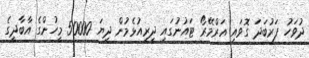
ދުވަހު ފަރުބަދަ ގޮވައި އަރްމޭރޯ ޓައުނުގައި ދިރިއުޅެމުން ދިޔަ 50000 މީހުންގެ އާބާދީގެ